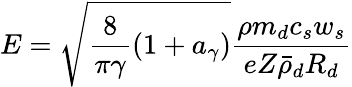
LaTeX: E=\sqrt{\frac{8}{\pi\gamma}(1+a_{\gamma})}\frac{\rho m_{d}c_{s}w_{s}}{eZ\bar{\rho}_{d}R_{d}}